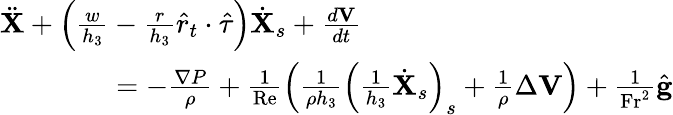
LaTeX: \begin{array}{r}{\ddot{\mathbf{X}}+\left(\frac{w}{h_{3}}-\frac{r}{h_{3}}\hat{r}_{t}\cdot\hat{\tau}\right)\dot{\mathbf{X}}_{s}+\frac{d\mathbf{V}}{dt}\quad\quad\quad\quad\quad\quad\quad\quad\quad\quad\quad}\\ {=-\frac{\mathbf{\nabla}P}{\rho}+\frac{1}{\mathrm{Re}}\left(\frac{1}{\rho h_{3}}\left(\frac{1}{h_{3}}\dot{\mathbf{X}}_{s}\right)_{s}+\frac{1}{\rho}\Delta\mathbf{V}\right)+\frac{1}{\mathrm{Fr}^{2}}\hat{\mathbf{g}}}\end{array}